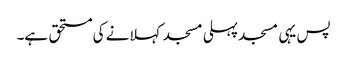
پس یہی مسجد پہلی مسجد کہلانے کی مستحق ہے۔